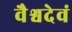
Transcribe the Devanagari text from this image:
वैश्वदेवं